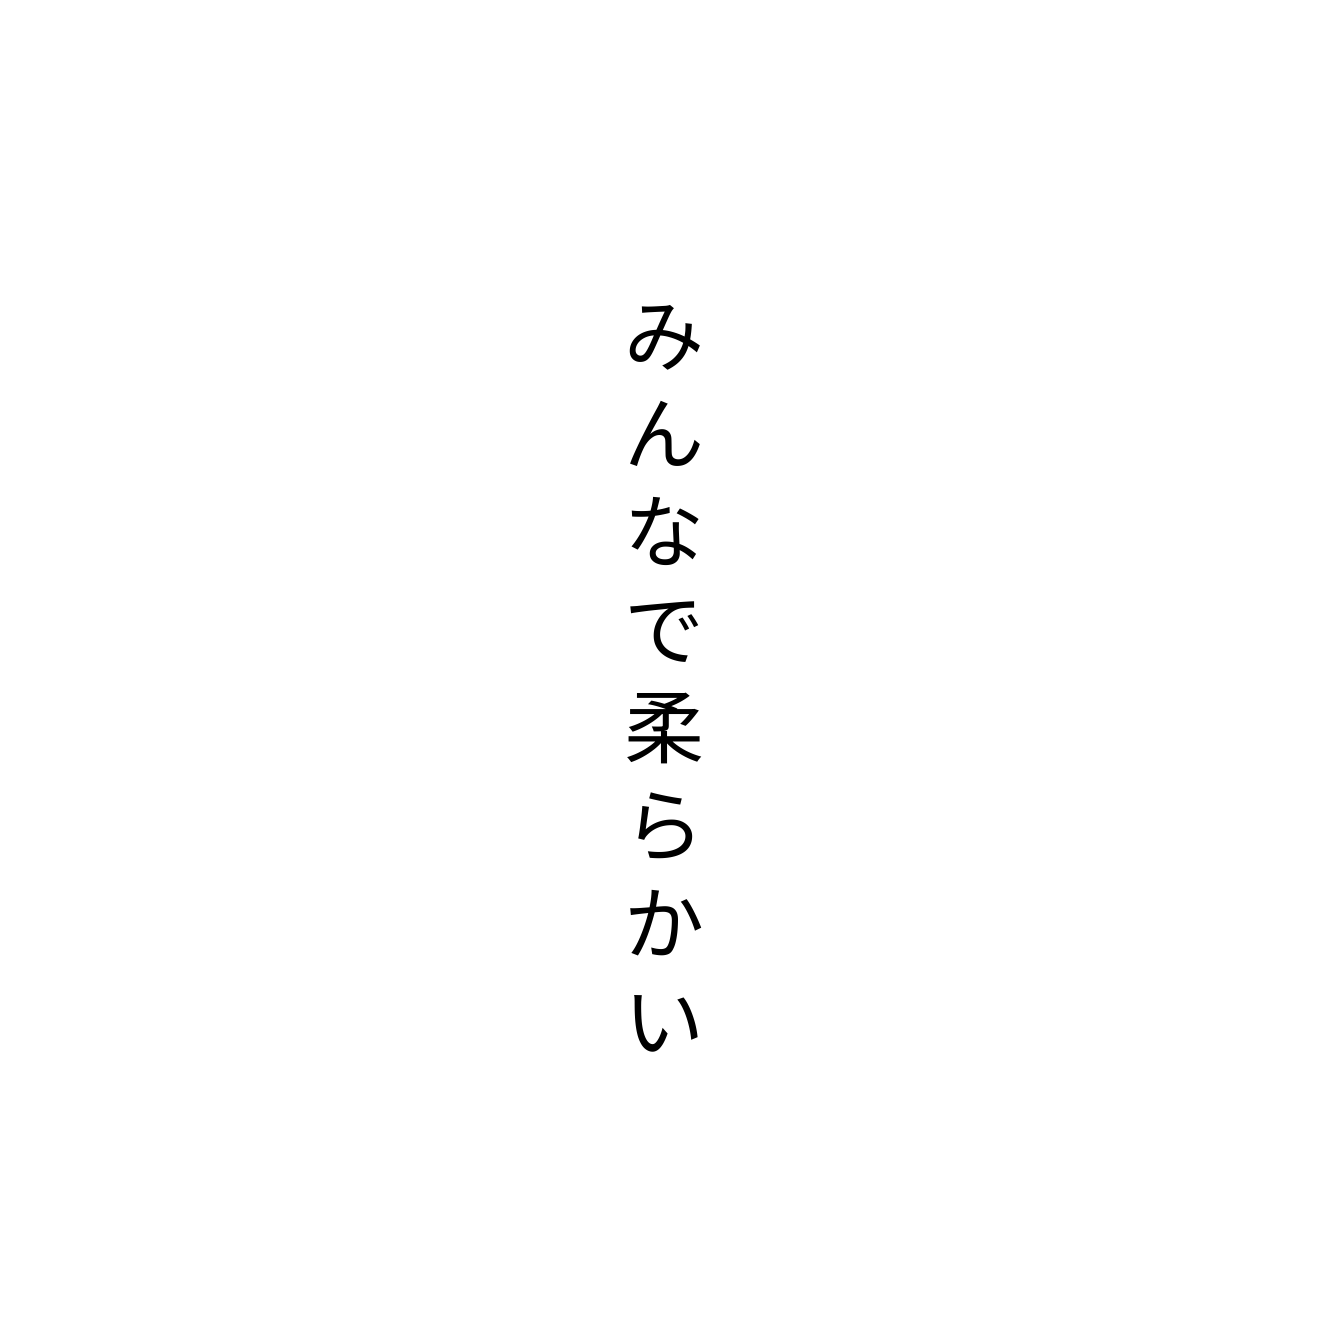
みんなで柔らかい